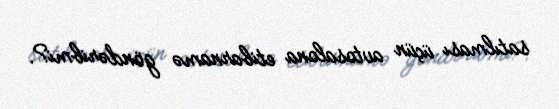
satılması üçün avtosalona etibarnamə göndəribmi?.